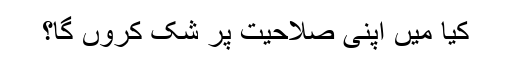
کیا میں اپنی صلاحیت پر شک کروں گا؟